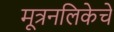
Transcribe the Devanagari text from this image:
मूत्रनलिकेचे